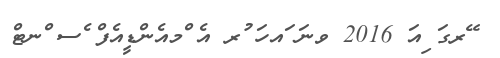
ޭރގަ ިއަ 2016 ވނަ ައހަ ުރ އެ ްމއެންޑީއެފް ެސ ްނޓް